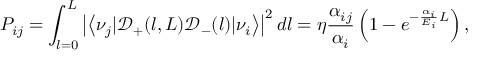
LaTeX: P _ { i j } = \int _ { l = 0 } ^ { L } \left| \left< \nu _ { j } | \mathcal { D } _ { + } ( l , L ) \mathcal { D } _ { - } ( l ) | \nu _ { i } \right> \right| ^ { 2 } d l = \eta \frac { \alpha _ { i j } } { \alpha _ { i } } \left( 1 - e ^ { - \frac { \alpha _ { i } } { E _ { i } } L } \right) ,